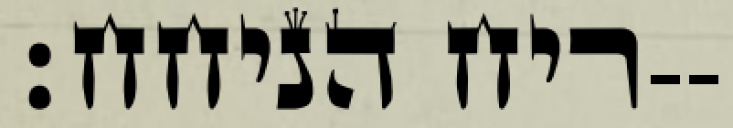
ריח הניחח׃--